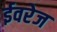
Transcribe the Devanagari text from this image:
ईवरेज